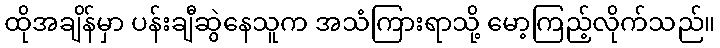
ထိုအချိန်မှာ ပန်းချီဆွဲနေသူက အသံကြားရာသို့ မော့ကြည့်လိုက်သည်။